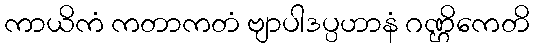
ကာယိကံ ကတာကတံ ဗျာပါဒပ္ပဟာနံ ဂဏ္ဌိကေတိ